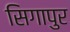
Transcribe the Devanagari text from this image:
सिगापुर